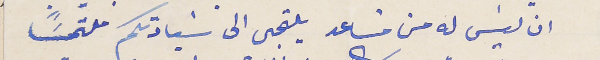
ان ليسَ له من مسَاعد يلتجي الى سَيادتكم ملتمسًَا